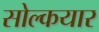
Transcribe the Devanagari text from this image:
सोल्कयार